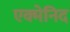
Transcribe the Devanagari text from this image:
एक्मेनिद